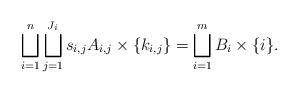
LaTeX: \begin{align*}\bigsqcup_{i=1}^n \bigsqcup_{j=1}^{J_i} s_{i,j} A_{i,j} \times \{ k_{i,j} \}= \bigsqcup_{i=1}^m B_i \times \{ i\} .\end{align*}